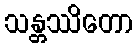
သန္တဿိတော